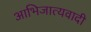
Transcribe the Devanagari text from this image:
आभिजात्यवादी